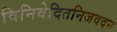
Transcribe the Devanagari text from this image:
विनिवेदितनिजवदन